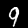
Label: 9